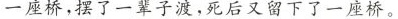
一座桥，摆了一辈子渡，死后又留下了一座桥。